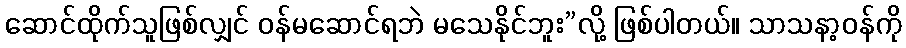
ဆောင်ထိုက်သူဖြစ်လျှင် ဝန်မဆောင်ရဘဲ မသေနိုင်ဘူး”လို့ ဖြစ်ပါတယ်။ သာသနာ့ဝန်ကို